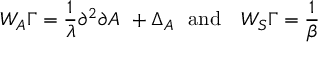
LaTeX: W _ { A } \Gamma = \frac { 1 } { \lambda } \partial ^ { 2 } \partial A \, \, + \Delta _ { A } \, \, \, \, \mathrm { \mathrm { a n d } } \, \, \, \, \, \, W _ { S } \Gamma = \frac { 1 } { \beta }